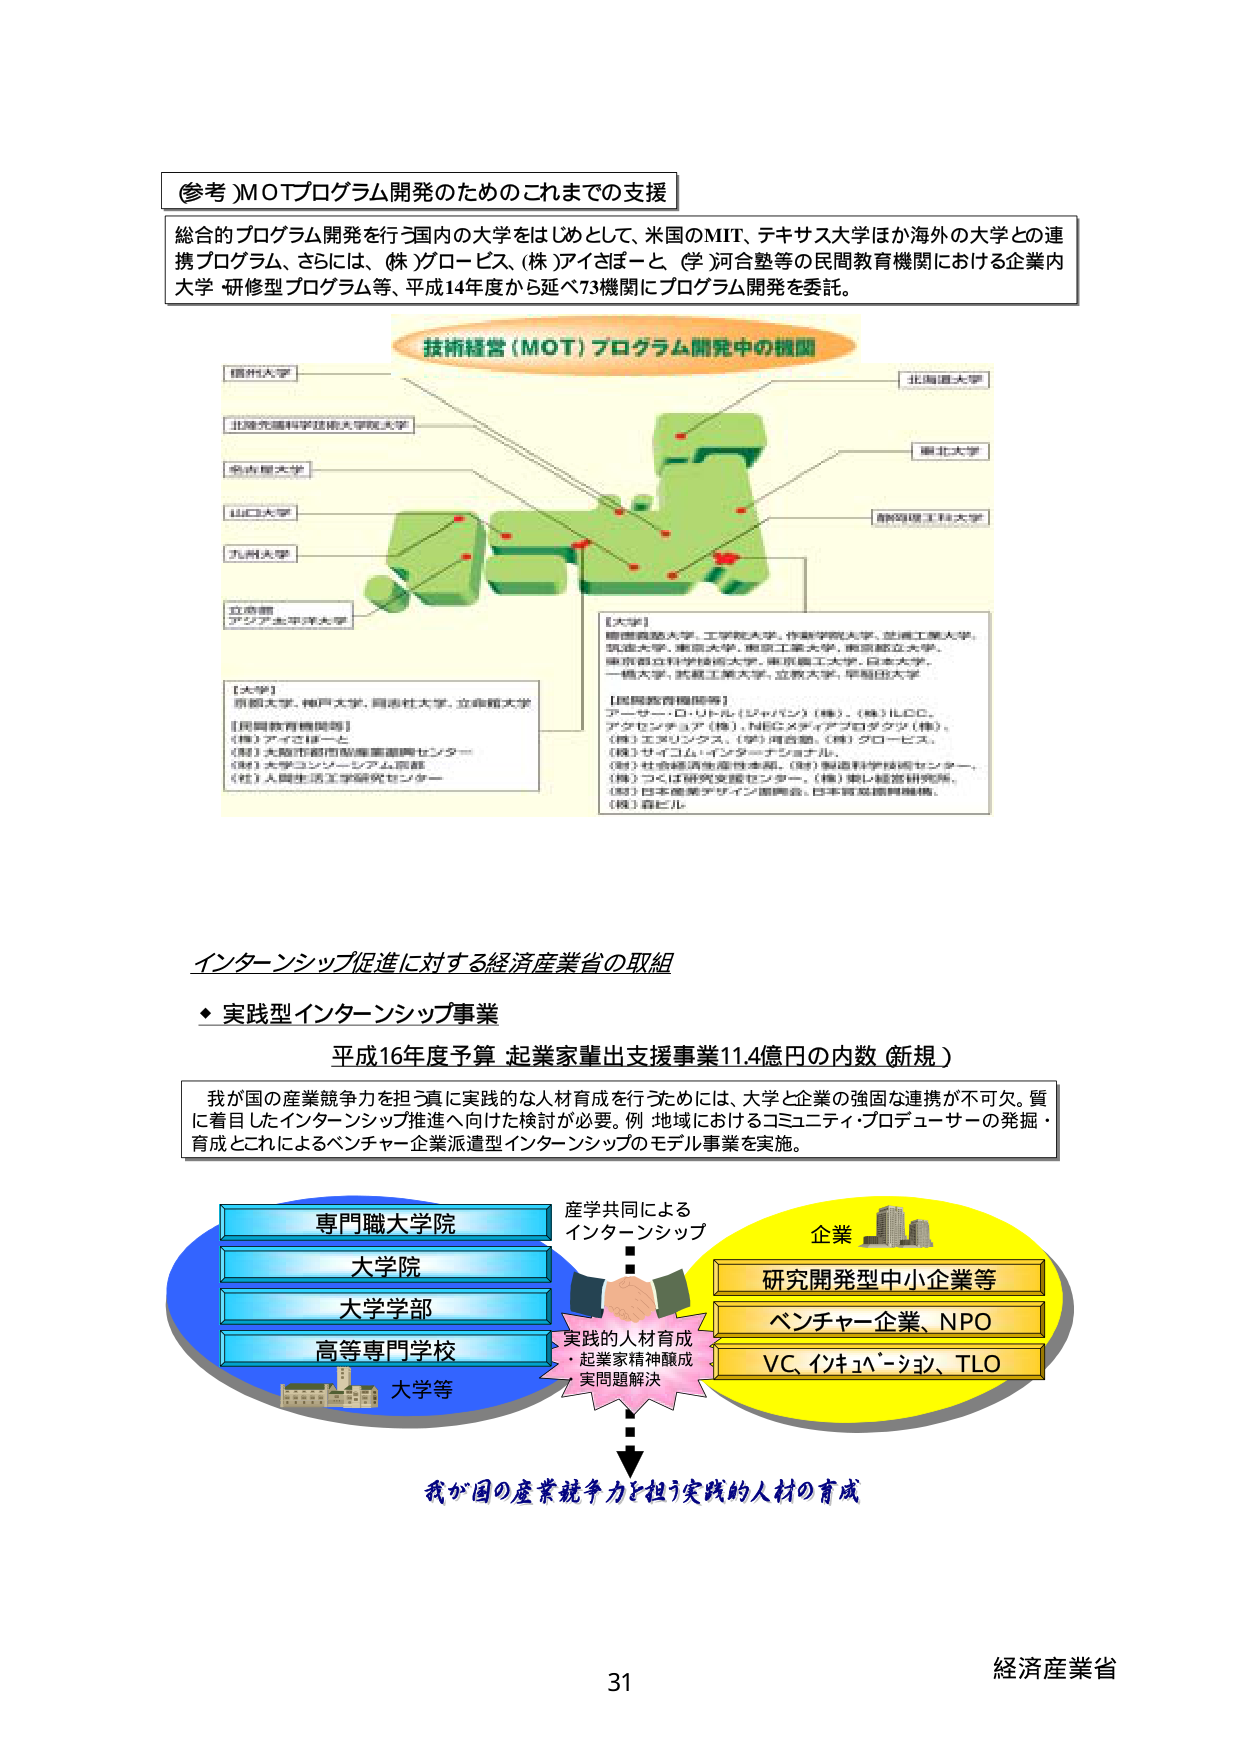
(参考) MOTプログラム開発のためのこれまでの支援

総合的プログラム開発を行う国内の大学をはじめとして、米国のMIT、テキサス大学ほか海外の大学との連携プログラム、さらには、(株)ゾローピス、(株)アイさぽーと、(学)河合塾等の民間教育機関における企業内大学・研修型プログラム等、平成14年度から延べ73機関にプログラム開発を委託。

技術経営（MOT）プログラム開発中の機関

【大学】
横浜大学
北海道大学
北海道科学技術大学院大学
東北大学
名古屋大学
静岡県工科大学
山口大学
九州大学
立命館
アジア太平洋大学

【大学】
京都大学、神戸大学、同志社大学、立命館大学

【民間教育機関等】
(株)アイさぽーと
(株)大阪市都市産業振興センター
(株)大学コンソーシアム京都
(社)人間生活工学研究センター

【大学】
慶應義塾大学、工学院大学、作新学院大学、芝浦工業大学、
筑波大学、東京大学、東京工業大学、東京都市大学、
東京都立科学技術大学、東京農工大学、日本大学、
一橋大学、武蔵工業大学、立教大学、早稲田大学

【民間教育機関等】
アーサー・ロ・リトル（ジャパン）（株）、（株）ILC、
アクセンチュア（株）、NECメディアプロダクツ（株）、
（株）エヌリンクス、（学）河合塾、（株）グロービス、
（株）サイコム・インダストリアル、
（株）社会経済産業本部、（財）製造科学技術センター、
（株）つくば研究支援センター、（株）東レ経営研究所、
（財）日本産業デザイン振興会、日本貿易振興機構、
（株）森ビル

インターンシップ促進に対する経済産業省の取組

◆ 実践型インターンシップ事業

平成16年度予算 起業家輩出支援事業11.4億円の内数（新規）

我が国の産業競争力を担う実践的な人材育成を行うためには、大学と企業の強固な連携が不可欠。質に着目したインターンシップ推進へ向けた検討が必要。例 地域におけるコミュニティ・プロデューサーの発掘・育成とこれによるベンチャー企業派遣型インターンシップのモデル事業を実施。

専門職大学院
大学院
大学学部
高等専門学校
大学等

産学共同による
インターンシップ

企業
研究開発型中小企業等
ベンチャー企業、NPO
VC、インキュベーション、TLO

実践的人材育成
・起業家精神醸成
・実問題解決

我が国の産業競争力を担う実践的人材の育成

31
経済産業省